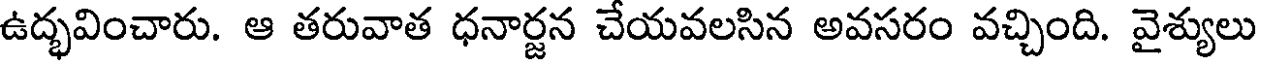
ఉద్భవించారు. ఆ తరువాత ధనార్జన చేయవలసిన అవసరం వచ్చింది. వైశ్యులు